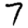
Digit: 7